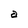
Character: a